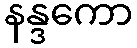
နန္ဒကော